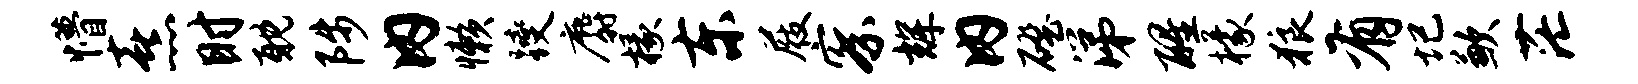
懵熹时耽陟内懒躞麝椽东屐察辉内磴涕醒檬狼有圮歉茫